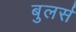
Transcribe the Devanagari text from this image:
बुलर्स